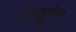
પરોપજીવીપણ